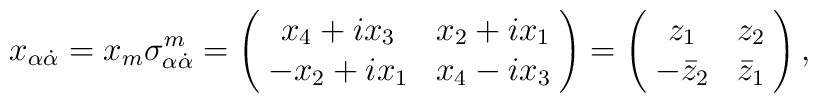
x_{\alpha \dot{\alpha}} = x_{m} \sigma^{m}_{\alpha \dot{\alpha}}                          =  \left( \! \begin{array}{cc}                                   x_{4}+ix_{3} & x_{2}+ix_{1} \\				   -x_{2}+ix_{1} & x_{4}-ix_{3}				   \end{array} \! \right) 			= \left( \! \begin{array}{cc}	   				   z_{1} & z_{2} \\				   -\bar{z}_{2} & \bar{z}_{1} \end{array} \! \right),